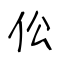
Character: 伀